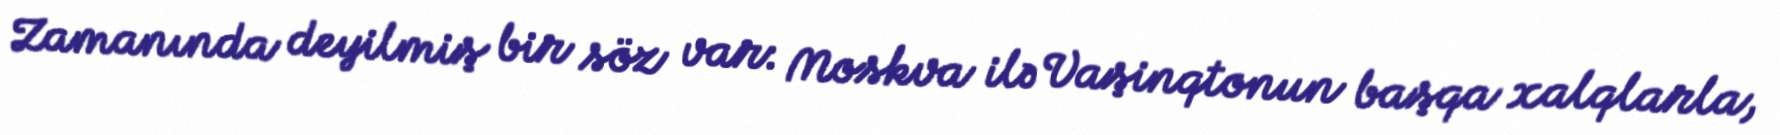
Zamanında deyilmiş bir söz var: Moskva ilə Vaşinqtonun başqa xalqlarla,